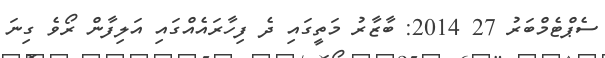
ސެޕްޓެމްބަރު 27 2014: ބާޒާރު މަތީގައި ދެ ފިހާރައެއްގައި އަލިފާން ރޯވެ ގިނަ